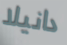
دانيلا